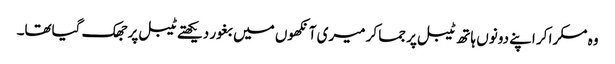
وہ مسکرا کر اپنے دونوں ہاتھ ٹیبل پر جما کر میری آنکھوں میں بغور دیکھتے ٹیبل پر جھک گیاتھا۔